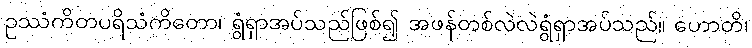
ဥဿံကိတပရိသံကိတော၊ ရွံရှာအပ်သည်ဖြစ်၍ အဖန်တစ်လဲလဲရွံရှာအပ်သည်။ ဟောတိ၊